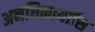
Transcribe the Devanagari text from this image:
अनधिकार्याीस